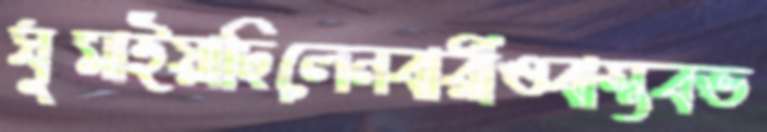
ঘুমাইয়াছিলেনবারীওবাস্তবভ